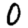
Digit: 0